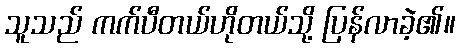
သူသည် ကက်ပီတယ်ဟိုတယ်သို့ ပြန်လာခဲ့၏။